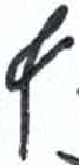
אות: ץ